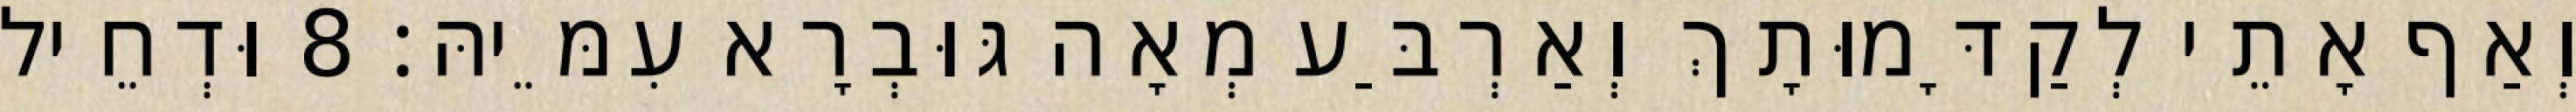
וְאַף אָתֵי לְקַדָּמוּתָךְ וְאַרְבַּע מְאָה גּוּבְרָא עִמֵּיהּ׃ 8 וּדְחֵיל